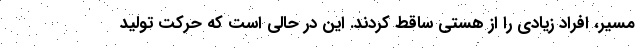
مسیر، افراد زیادی را از هستی ساقط کردند. این در حالی است که حرکت تولید